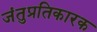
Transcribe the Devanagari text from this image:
जंतुप्रतिकारक